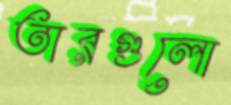
তারগুলো